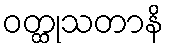
ဝတ္ထုသတာနိ